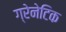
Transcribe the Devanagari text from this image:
ग्रेनेटिक